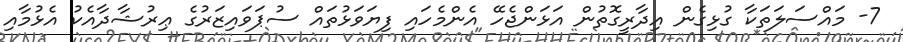
7- މައްސަލަތަކާ ގުޅިގެން އިދާރީގޮތުން އަޅަންޖެހޭ އެންމެހައި ފިޔަވަޅުތައް ސުޕަވައިޒަރުގެ ޢިރުޝާދާއެކު އެޅުމާއި